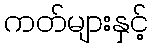
ကတ်များနှင့်